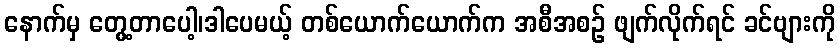
နောက်မှ တွေ့တာပေါ့၊ဒါပေမယ့် တစ်ယောက်ယောက်က အစီအစဉ် ဖျက်လိုက်ရင် ခင်ဗျားကို